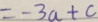
= - 3 a + c